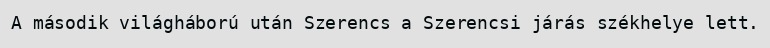
A második világháború után Szerencs a Szerencsi járás székhelye lett.